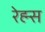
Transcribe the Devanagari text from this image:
रेह्म्स